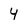
Character: 4